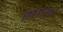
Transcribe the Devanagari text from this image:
इरेज़्ड